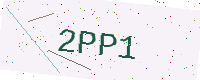
Text: 2PP1